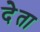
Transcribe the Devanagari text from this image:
देेता